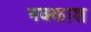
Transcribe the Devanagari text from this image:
नक्‍काश